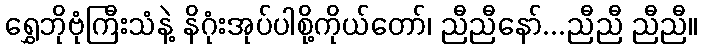
ရွှေဘိုဗုံကြီးသံနဲ့ နိဂုံးအုပ်ပါစို့ကိုယ်တော်၊ ညီညီနော်...ညီညီ ညီညီ။